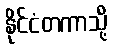
နိုင်ငံတကာသို့